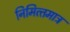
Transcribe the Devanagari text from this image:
निमित्‍तमात्र